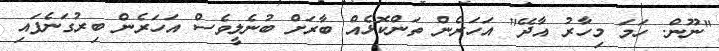
"ނޫން. ހަމަ މިހާރު އާދޭ" އަހަރެން ތަންކޮޅެއް ބާރަށް ބުނެލީވެސް އަހަރެން ބިރުގަނެފައި